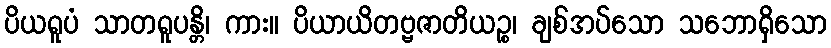
ပိယရူပံ သာတရူပန္တိ၊ ကား။ ပိယာယိတဗ္ဗဇာတိယဉ္စ၊ ချစ်အပ်သော သဘောရှိသော